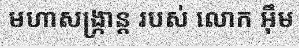
មហាសង្ក្រាន្ត របស់ លោក អ៊ឹម